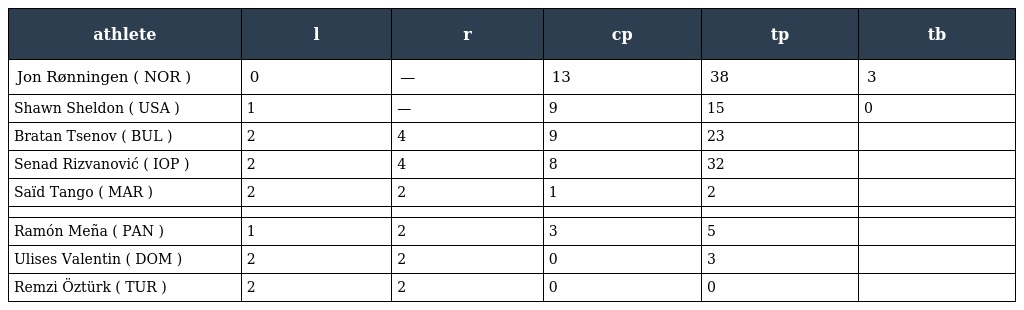
| athlete | l | r | cp | tp | tb |
 | --- | --- | --- | --- | --- | --- |
 | Jon Rønningen ( NOR ) | 0 | — | 13 | 38 | 3 |
 | Shawn Sheldon ( USA ) | 1 | — | 9 | 15 | 0 |
 | Bratan Tsenov ( BUL ) | 2 | 4 | 9 | 23 |  |
 | Senad Rizvanović ( IOP ) | 2 | 4 | 8 | 32 |  |
 | Saïd Tango ( MAR ) | 2 | 2 | 1 | 2 |  |
 |  |  |  |  |  |  |
 | Ramón Meña ( PAN ) | 1 | 2 | 3 | 5 |  |
 | Ulises Valentin ( DOM ) | 2 | 2 | 0 | 3 |  |
 | Remzi Öztürk ( TUR ) | 2 | 2 | 0 | 0 |  |